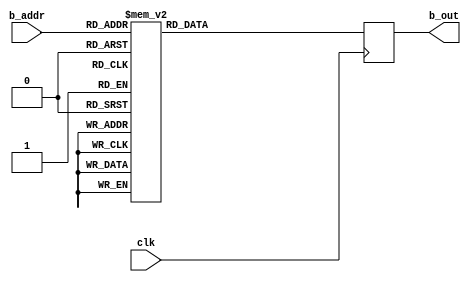
//======================================================================
//
// Copyright (c) 2016, NORDUnet A/S All rights reserved.
//
// Redistribution and use in source and binary forms, with or without
// modification, are permitted provided that the following conditions
// are met:
// - Redistributions of source code must retain the above copyright
//   notice, this list of conditions and the following disclaimer.
//
// - Redistributions in binary form must reproduce the above copyright
//   notice, this list of conditions and the following disclaimer in the
//   documentation and/or other materials provided with the distribution.
//
// - Neither the name of the NORDUnet nor the names of its contributors may
//   be used to endorse or promote products derived from this software
//   without specific prior written permission.
//
// THIS SOFTWARE IS PROVIDED BY THE COPYRIGHT HOLDERS AND CONTRIBUTORS "AS
// IS" AND ANY EXPRESS OR IMPLIED WARRANTIES, INCLUDING, BUT NOT LIMITED
// TO, THE IMPLIED WARRANTIES OF MERCHANTABILITY AND FITNESS FOR A
// PARTICULAR PURPOSE ARE DISCLAIMED. IN NO EVENT SHALL THE COPYRIGHT
// HOLDER OR CONTRIBUTORS BE LIABLE FOR ANY DIRECT, INDIRECT, INCIDENTAL,
// SPECIAL, EXEMPLARY, OR CONSEQUENTIAL DAMAGES (INCLUDING, BUT NOT LIMITED
// TO, PROCUREMENT OF SUBSTITUTE GOODS OR SERVICES; LOSS OF USE, DATA, OR
// PROFITS; OR BUSINESS INTERRUPTION) HOWEVER CAUSED AND ON ANY THEORY OF
// LIABILITY, WHETHER IN CONTRACT, STRICT LIABILITY, OR TORT (INCLUDING
// NEGLIGENCE OR OTHERWISE) ARISING IN ANY WAY OUT OF THE USE OF THIS
// SOFTWARE, EVEN IF ADVISED OF THE POSSIBILITY OF SUCH DAMAGE.
//
//======================================================================

`timescale 1ns / 1ps

module brom_p256_h_y
   (
		input		wire				clk,
		input		wire	[ 3-1:0]	b_addr,
		output	wire	[32-1:0]	b_out
    );


   //
   // Output Registers
   //
   reg [31:0] bram_reg_b;

   assign b_out = bram_reg_b;


   //
   // Read-Only Port B
	//
	always @(posedge clk)
		//
		case (b_addr)
			3'b000:	bram_reg_b <= 32'h227873d1;
			3'b001:	bram_reg_b <= 32'h9e04b79d;
			3'b010:	bram_reg_b <= 32'h3ce98229;
			3'b011:	bram_reg_b <= 32'hba7dade6;
			3'b100:	bram_reg_b <= 32'h9f7430db;
			3'b101:	bram_reg_b <= 32'h293d9ac6;
			3'b110:	bram_reg_b <= 32'hdb8ed040;
			3'b111:	bram_reg_b <= 32'h07775510;
		endcase
		

endmodule